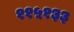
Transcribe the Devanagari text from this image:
११५१३३